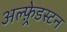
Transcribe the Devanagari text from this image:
अल्फ़्रेडस्टन